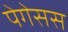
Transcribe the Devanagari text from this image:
पेगेसस